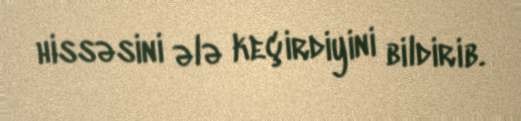
hissəsini ələ keçirdiyini bildirib.